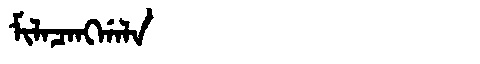
Manchu: ᠮᡳᠯᠠᠴᠠᠩᡤᠠᠯᠠ
Romanization: MILACANGGALA